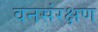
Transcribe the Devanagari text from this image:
वनसंरक्षण